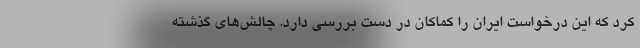
کرد که این درخواست ایران را کماکان در دست بررسی دارد. چالش‌های گذشته